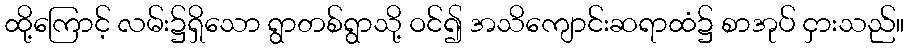
ထို့ကြောင့် လမ်း၌ရှိသော ရွာတစ်ရွာသို့ ဝင်၍ အသိကျောင်းဆရာထံ၌ စာအုပ် ငှားသည်။